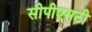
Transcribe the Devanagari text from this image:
सीपीएमटी